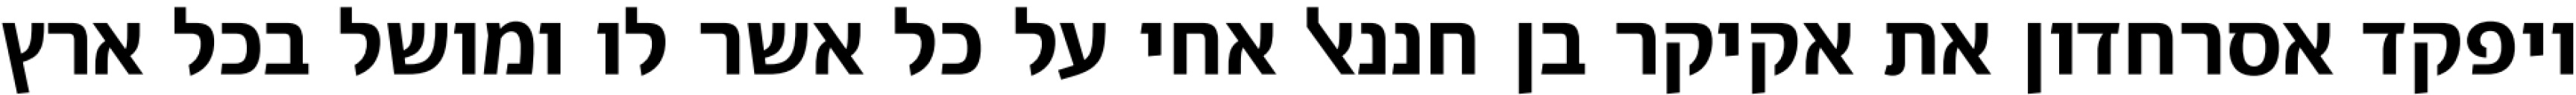
ויפקד אסרחדון את אקיקר בן חננאל אחי על כל אשר לו ומושל בכל ארץ